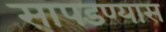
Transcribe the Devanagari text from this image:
सापडण्यास